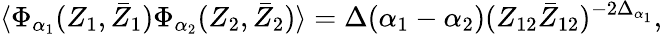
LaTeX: \langle\Phi_{\alpha_{1}}(Z_{1},\bar{Z}_{1})\Phi_{\alpha_{2}}(Z_{2},\bar{Z}_{2})\rangle=\Delta(\alpha_{1}-\alpha_{2})(Z_{12}\bar{Z}_{12})^{-2\Delta_{\alpha_{1}}},